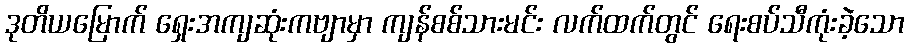
ဒုတိယမြောက် ရှေးအကျဆုံးကဗျာမှာ ကျန်စစ်သားမင်း လက်ထက်တွင် ရေးစပ်သီကုံးခဲ့သော